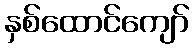
နှစ်ထောင်ကျော်